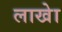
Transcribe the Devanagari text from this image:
लाखेा